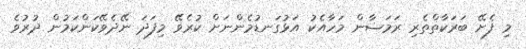
މި ފެށޭ ބަރަކާތްތެރި ރަމަޟާން މަހާއެކު އަޅުގަނޑުމެންނަށް ކުރެވޭ މިފަދަ ނޭދެވޭކަންކަމުން ދުރުވެ